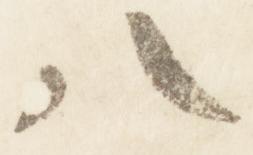
八